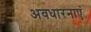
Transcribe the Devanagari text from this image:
अवधारनाएं